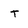
Character: t